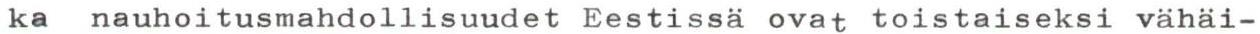
ka nauhoitusmahdollisuudet Eestissä ovat toistaiseksi vähäi-